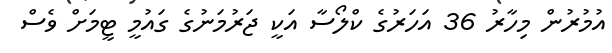
އުމުރުން މިހާރު 36 އަހަރުގެ ކްލޯސާ އަކީ ޖަރުމަނުގެ ގައުމީ ޓީމަށް ވެސް